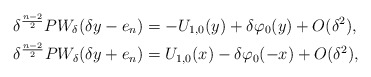
\begin{align*} \delta^{\frac{n-2}{2}}PW_{\delta}(\delta y-e_n) &= -U_{1,0}(y)+\delta \varphi_0(y)+O(\delta^{2}), \\ \delta^{\frac{n-2}{2}}PW_{\delta}(\delta y+e_n) &= U_{1,0}(x)-\delta \varphi_0(-x)+O(\delta^{2}), \end{align*}